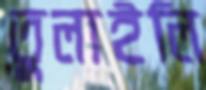
তুলাইলি